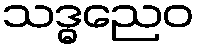
သဒ္ဓညေဝ